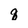
Character: q